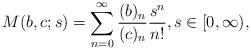
LaTeX: \begin{align*}M(b, c; s) = \sum_{n=0}^{\infty} \frac{(b)_n}{(c)_n} \frac{s^n}{n!}, s\in [0,\infty),\end{align*}